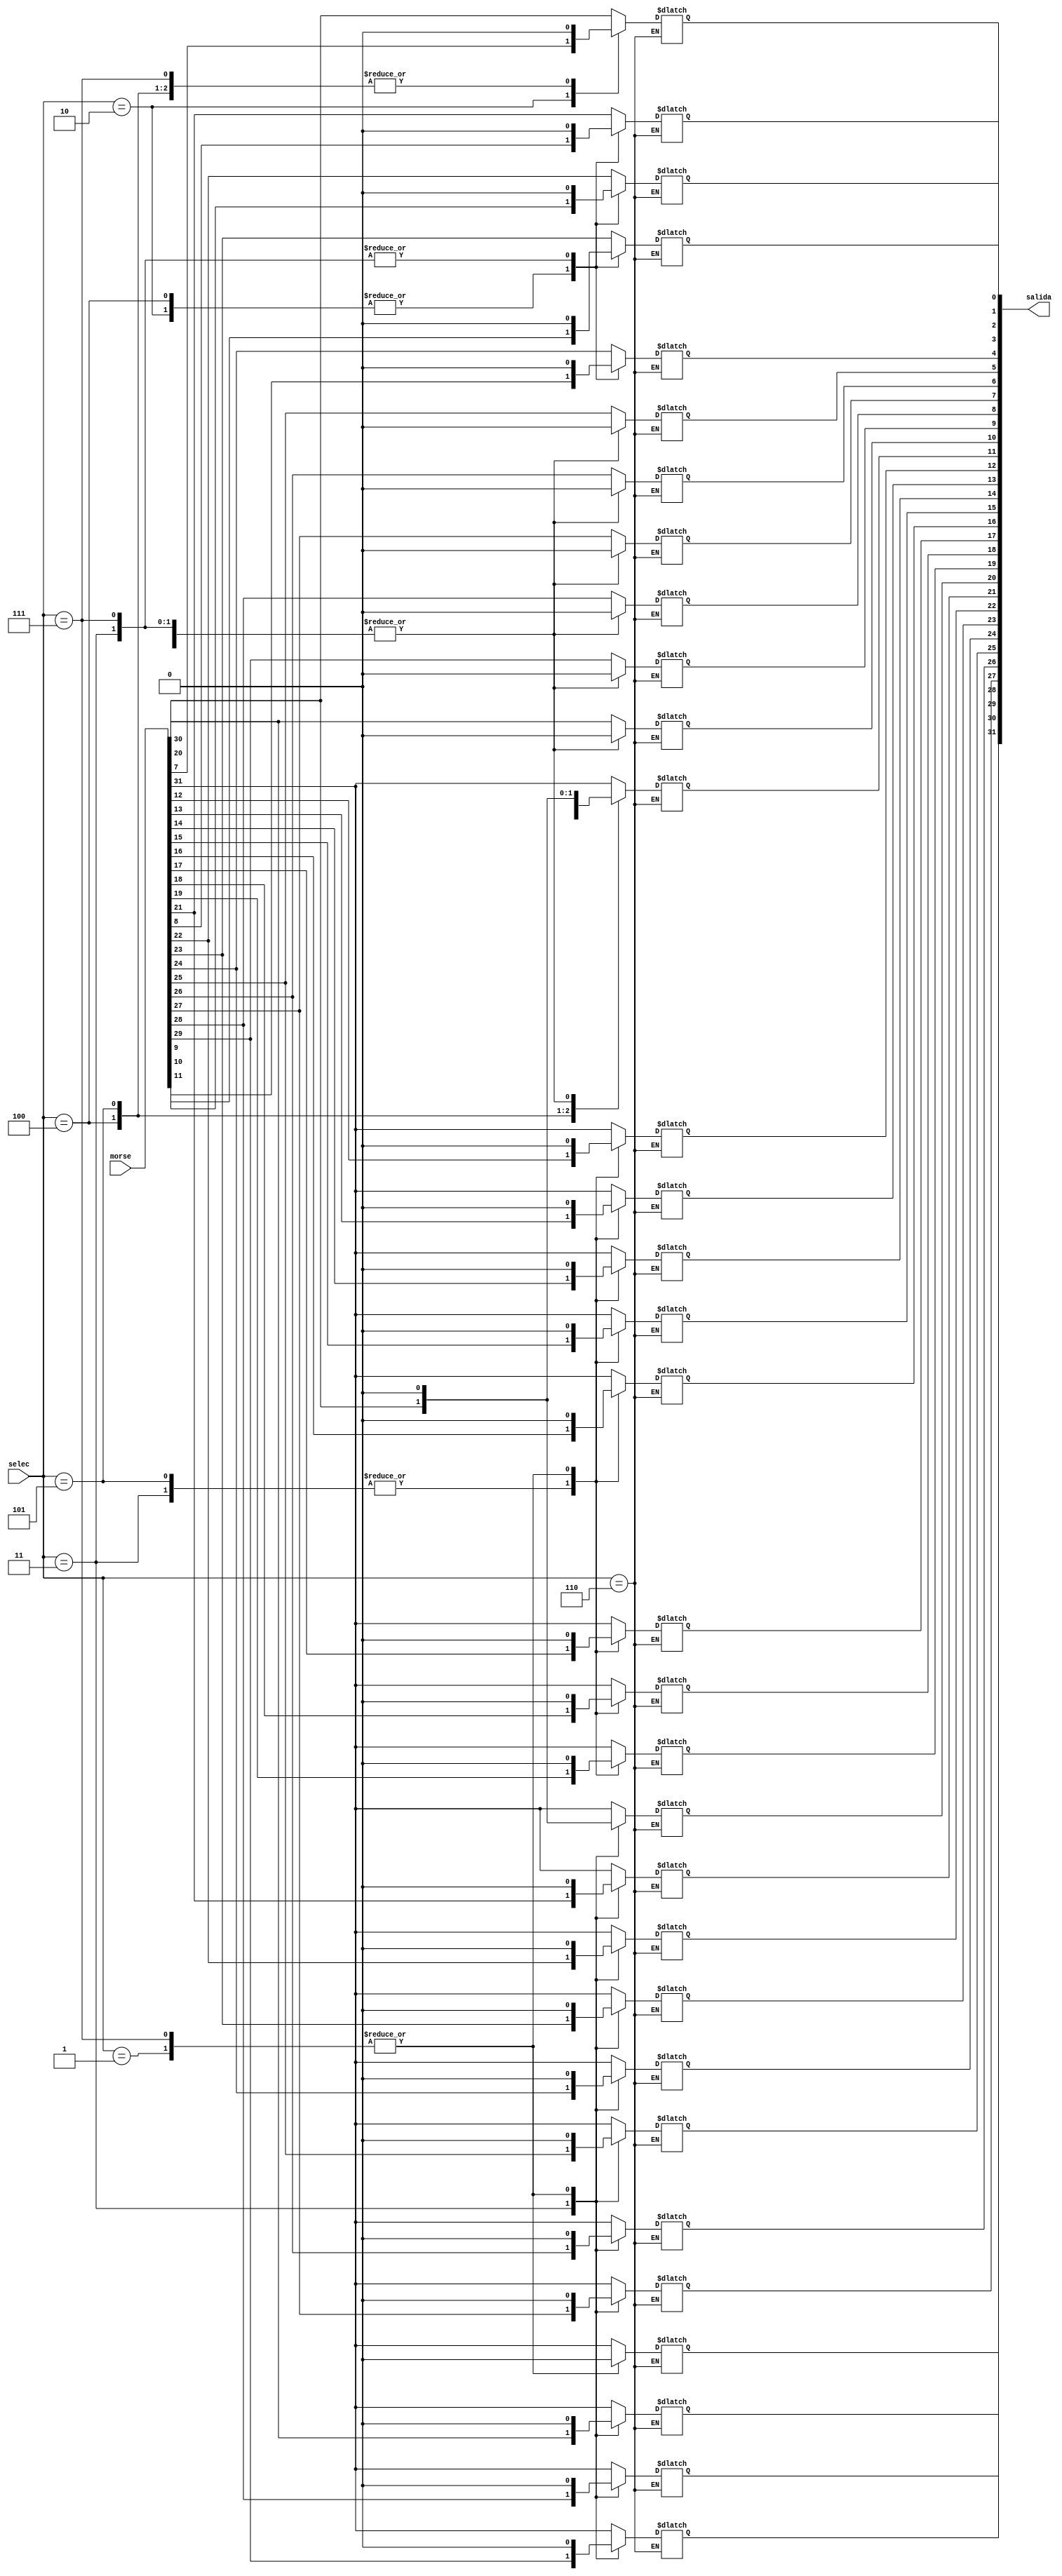
`timescale 1ns / 1ps
// La funcin de este mdulo es tomar un valor de 32 bits y
// a partir de este manejarlo para obtener una salida en base
// a una seleccin de la mscara o reacomodo requerido

// Entradas: morse: Valor de 32 de bits de entrada, instruccin actual
//           selec: Seleccin de tipo de inmediato de salida
// Salida: salida: Inmediato construido a partir de morse en base a selec

// Se introdujo este mdulo para tomar la instruccin actual y obtener 
// el inmediato requerido para la ejecucin de la instruccin
 module ExtensorDeSigno(morse, selec, salida
    );
	input [31:0] morse;
	input [2:0] selec;
	output reg [31:0] salida;
   always @*
      case (selec)
         3'b000: begin
         //Inmediato i
               salida[31] = morse[31];
               salida[30] = morse[31];
               salida[29] = morse[31];
               salida[28] = morse[31];
               salida[27] = morse[31];
               salida[26] = morse[31];
               salida[25] = morse[31];
               salida[24] = morse[31];
               salida[23] = morse[31];
               salida[22] = morse[31];
               salida[21] = morse[31];
               salida[20] = morse[31];
               salida[19] = morse[31];
               salida[18] = morse[31];
               salida[17] = morse[31];
               salida[16] = morse[31];
               salida[15] = morse[31];
               salida[14] = morse[31];
               salida[13] = morse[31];
               salida[12] = morse[31];
               salida[11] = morse[31];
               salida[10] = morse[30];
               salida[9] = morse[29];
               salida[8] = morse[28];
               salida[7] = morse[27];
               salida[6] = morse[26];
               salida[5] = morse[25];
               salida[4] = morse[24];
               salida[3] = morse[23];
               salida[2] = morse[22];
               salida[1] = morse[21];
               salida[0] = morse[20];
                                   
          end
         3'b001: 
                begin
         //shamt_i
               salida[31] = 0;
               salida[30] = 0;
               salida[29] = 0;
               salida[28] = 0;
               salida[27] = 0;
               salida[26] = 0;
               salida[25] = 0;
               salida[24] = 0;
               salida[23] = 0;
               salida[22] = 0;
               salida[21] = 0;
               salida[20] = 0;
               salida[19] = 0;
               salida[18] = 0;
               salida[17] = 0;
               salida[16] = 0;
               salida[15] = 0;
               salida[14] = 0;
               salida[13] = 0;
               salida[12] = 0;
               salida[11] = 0;
               salida[10] = 0;
               salida[9] = 0;
               salida[8] = 0;
               salida[7] = 0;
               salida[6] = 0;
               salida[5] = 0;
               salida[4] = morse[24];
               salida[3] = morse[23];
               salida[2] = morse[22];
               salida[1] = morse[21];
               salida[0] = morse[20];
               
         
         end
         3'b010: begin
         //Inmediato S
               salida[31] = morse[31];
               salida[30] = morse[31];
               salida[29] = morse[31];
               salida[28] = morse[31];
               salida[27] = morse[31];
               salida[26] = morse[31];
               salida[25] = morse[31];
               salida[24] = morse[31];
               salida[23] = morse[31];
               salida[22] = morse[31];
               salida[21] = morse[31];
               salida[20] = morse[31];
               salida[19] = morse[31];
               salida[18] = morse[31];
               salida[17] = morse[31];
               salida[16] = morse[31];
               salida[15] = morse[31];
               salida[14] = morse[31];
               salida[13] = morse[31];
               salida[12] = morse[31];
               salida[11] = morse[31];
               salida[10] = morse[30];
               salida[9] = morse[29];
               salida[8] = morse[28];
               salida[7] = morse[27];
               salida[6] = morse[26];
               salida[5] = morse[25];
               salida[4] = morse[11];
               salida[3] = morse[10];  
               salida[2] = morse[9];
               salida[1] = morse[8];
               salida[0] = morse[7];
         end
         3'b011: //Inmediato U ;
                begin
               salida[31] = morse[31];
               salida[30] = morse[30];
               salida[29] = morse[29];
               salida[28] = morse[28];
               salida[27] = morse[27];
               salida[26] = morse[26];
               salida[25] = morse[25];
               salida[24] = morse[24];
               salida[23] = morse[23];
               salida[22] = morse[22];
               salida[21] = morse[21];
               salida[20] = morse[20];
               salida[19] = morse[19];
               salida[18] = morse[18];
               salida[17] = morse[17];
               salida[16] = morse[16];
               salida[15] = morse[15];
               salida[14] = morse[14];
               salida[13] = morse[13];
               salida[12] = morse[12];
               salida[11] = 0;
               salida[10] = 0;
               salida[9] = 0;
               salida[8] = 0;
               salida[7] = 0;
               salida[6] = 0;
               salida[5] = 0;
               salida[4] = 0;
               salida[3] = 0;
               salida[2] = 0;
               salida[1] = 0;
               salida[0] = 0;
             end
         3'b100: //Inmediato B 
                begin
               salida[31] = morse[31];
               salida[30] = morse[31];
               salida[29] = morse[31];
               salida[28] = morse[31];
               salida[27] = morse[31];
               salida[26] = morse[31];
               salida[25] = morse[31];
               salida[24] = morse[31];
               salida[23] = morse[31];
               salida[22] = morse[31];
               salida[21] = morse[31];
               salida[20] = morse[31];
               salida[19] = morse[31];
               salida[18] = morse[31];
               salida[17] = morse[31];
               salida[16] = morse[31];
               salida[15] = morse[31];
               salida[14] = morse[31];
               salida[13] = morse[31];
               salida[12] = morse[31];
               salida[11] = morse[7];
               salida[10] = morse[30];
               salida[9] = morse[29];
               salida[8] = morse[28];
               salida[7] = morse[27];
               salida[6] = morse[26];
               salida[5] = morse[25];
               salida[4] = morse[11];
               salida[3] = morse[10];
               salida[2] = morse[9];
               salida[1] = morse[8];
               salida[0] = 0;
                 end
         3'b101: begin
         //Immediato J
               salida[31] = morse[31];
               salida[30] = morse[31];
               salida[29] = morse[31];
               salida[28] = morse[31];
               salida[27] = morse[31];
               salida[26] = morse[31];
               salida[25] = morse[31];
               salida[24] = morse[31];
               salida[23] = morse[31];
               salida[22] = morse[31];
               salida[21] = morse[31];
               salida[20] = morse[31];
               salida[19] = morse[19];
               salida[18] = morse[18];
               salida[17] = morse[17];
               salida[16] = morse[16];
               salida[15] = morse[15];
               salida[14] = morse[14];
               salida[13] = morse[13];
               salida[12] = morse[12];
               salida[11] = morse[20];
               salida[10] = morse[30];
               salida[9] = morse[29];
               salida[8] = morse[28];
               salida[7] = morse[27];
               salida[6] = morse[26];
               salida[5] = morse[25];
               salida[4] = morse[24];
               salida[3] = morse[23];
               salida[2] = morse[22];
               salida[1] = morse[21];
               salida[0] = 0;
         end
         3'b110: ;
         3'b111: begin
                   //cero
               salida[31] = 0;
               salida[30] = 0;
               salida[29] = 0;
               salida[28] = 0;
               salida[27] = 0;
               salida[26] = 0;
               salida[25] = 0;
               salida[24] = 0;
               salida[23] = 0;
               salida[22] = 0;
               salida[21] = 0;
               salida[20] = 0;
               salida[19] = 0;
               salida[18] = 0;
               salida[17] = 0;
               salida[16] = 0;
               salida[15] = 0;
               salida[14] = 0;
               salida[13] = 0;
               salida[12] = 0;
               salida[11] = 0;
               salida[10] = 0;
               salida[9] = 0;
               salida[8] = 0;
               salida[7] = 0;
               salida[6] = 0;
               salida[5] = 0;
               salida[4] = 0;
               salida[3] = 0;
               salida[2] = 0;
               salida[1] = 0;
               salida[0] = 0;
                end
         	
			default : salida = 0;
      endcase

endmodule